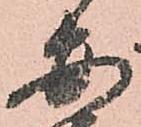
安